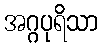
အဂ္ဂပုရိသာ